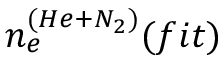
n _ { e } ^ { ( H e + N _ { 2 } ) } ( f i t )